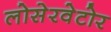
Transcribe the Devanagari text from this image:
लोसेरवेटोर